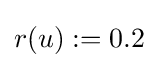
r(u):=0.2